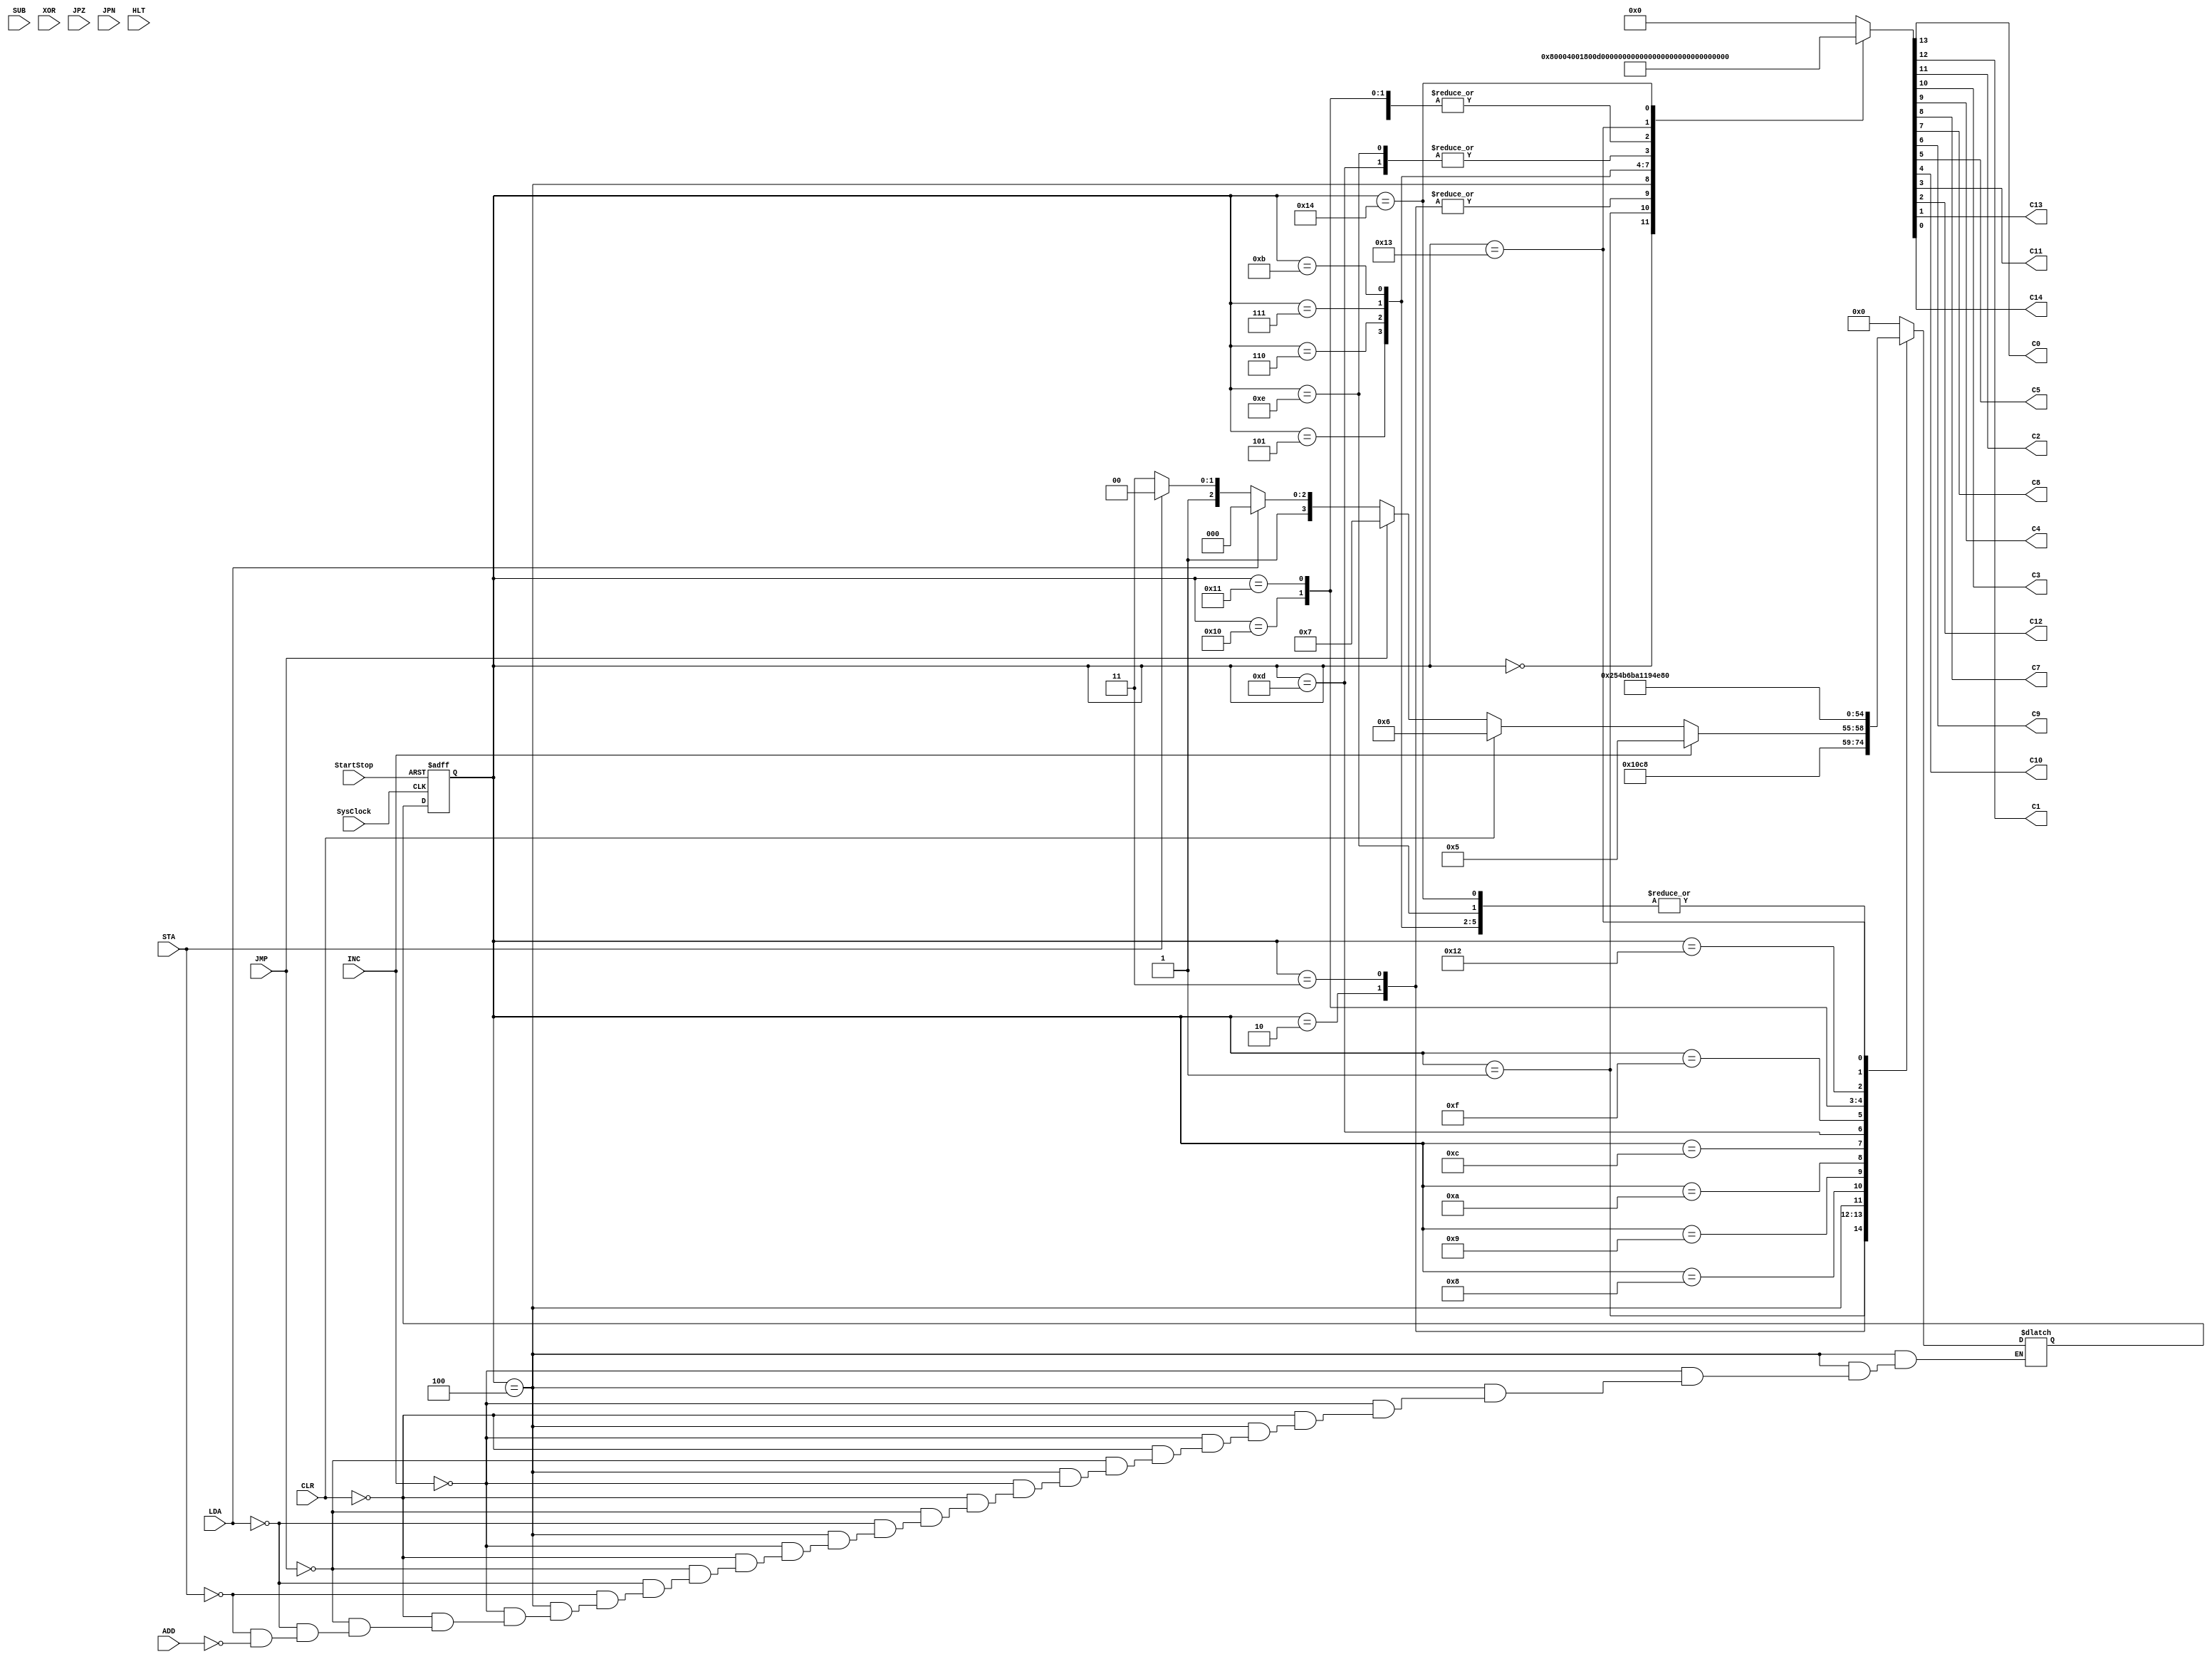
//TRISC Control Unit Finite State Machine
module triscFSM
(
	input SysClock,StartStop,LDA,STA,ADD,SUB,XOR,INC,CLR,JMP,JPZ,JPN,HLT,
	output reg C0,C1,C2,C3,C4,C7,C8,C9,C5,C10,C11,C12,C13,C14
);
	reg [4:0] state,nextstate;
	parameter A=5'b00000,B=5'b00001,C=5'b00010,D=5'b00011,E=5'b00100,F=5'b00101,G=5'b00110,H=5'b00111,I=5'b01000,J=5'b01001,K=5'b01010,L=5'b01011,M=5'b01100,N=5'b01101,O=5'b01110,P=5'b01111,Q=5'b10000,R=5'b10001,S=5'b10010,T=5'b10011,U=5'b10100;
	
	always @ (negedge SysClock,negedge StartStop)
		if (StartStop==1'b0) state <= A; else state <= nextstate;
	
	always @ (state,INC,CLR,JMP,LDA,STA,ADD)
		case (state)
			A: begin {C0,C1,C2,C3,C4,C7,C8,C9,C5,C10,C11,C12,C13,C14} = 14'b10000000000000; nextstate = B; end  //INITIALIZE
			B: begin {C0,C1,C2,C3,C4,C7,C8,C9,C5,C10,C11,C12,C13,C14} = 14'b00010000000000; nextstate = C; end  //FETCH
			C: begin {C0,C1,C2,C3,C4,C7,C8,C9,C5,C10,C11,C12,C13,C14} = 14'b00011000000000; nextstate = D; end  //FETCH
			D: begin {C0,C1,C2,C3,C4,C7,C8,C9,C5,C10,C11,C12,C13,C14} = 14'b00011000000000; nextstate = E; end  //FETCH
			E: begin {C0,C1,C2,C3,C4,C7,C8,C9,C5,C10,C11,C12,C13,C14} = 14'b00110100000000; 						    //DECODE
						if (INC) nextstate = F; 
							else if (CLR) nextstate = G; 
								else if (JMP) nextstate = H;
									else if (LDA) nextstate = I;
										else if (STA) nextstate = M;
											else if (ADD) nextstate = P; end
			F: begin {C0,C1,C2,C3,C4,C7,C8,C9,C5,C10,C11,C12,C13,C14} = 14'b00000001000000; nextstate = B; end  //INC=0110
			G: begin {C0,C1,C2,C3,C4,C7,C8,C9,C5,C10,C11,C12,C13,C14} = 14'b00000010000000; nextstate = B; end  //CLR=0111
			H: begin {C0,C1,C2,C3,C4,C7,C8,C9,C5,C10,C11,C12,C13,C14} = 14'b01000000000000; nextstate = B; end  //JMP=1000
			I: begin {C0,C1,C2,C3,C4,C7,C8,C9,C5,C10,C11,C12,C13,C14} = 14'b00000000000000; nextstate = J; end  //LDA=0000
			J: begin {C0,C1,C2,C3,C4,C7,C8,C9,C5,C10,C11,C12,C13,C14} = 14'b00001000000000; nextstate = K; end  //LDA
			K: begin {C0,C1,C2,C3,C4,C7,C8,C9,C5,C10,C11,C12,C13,C14} = 14'b00001000000000; nextstate = L; end  //LDA
			L: begin {C0,C1,C2,C3,C4,C7,C8,C9,C5,C10,C11,C12,C13,C14} = 14'b00000000001000; nextstate = B; end  //LDA
			M: begin {C0,C1,C2,C3,C4,C7,C8,C9,C5,C10,C11,C12,C13,C14} = 14'b00000000000000; nextstate = N; end  //STA=0001
			N: begin {C0,C1,C2,C3,C4,C7,C8,C9,C5,C10,C11,C12,C13,C14} = 14'b00001000100000; nextstate = O; end  //STA
			O: begin {C0,C1,C2,C3,C4,C7,C8,C9,C5,C10,C11,C12,C13,C14} = 14'b00001000100000; nextstate = B; end  //STA
			P: begin {C0,C1,C2,C3,C4,C7,C8,C9,C5,C10,C11,C12,C13,C14} = 14'b00000000000000; nextstate = Q; end  //ADD=0010
			Q: begin {C0,C1,C2,C3,C4,C7,C8,C9,C5,C10,C11,C12,C13,C14} = 14'b00001000000000; nextstate = R; end  //ADD
			R: begin {C0,C1,C2,C3,C4,C7,C8,C9,C5,C10,C11,C12,C13,C14} = 14'b00001000000000; nextstate = S; end  //ADD
			S: begin {C0,C1,C2,C3,C4,C7,C8,C9,C5,C10,C11,C12,C13,C14} = 14'b00000000000000; nextstate = T; end  //ADD
			T: begin {C0,C1,C2,C3,C4,C7,C8,C9,C5,C10,C11,C12,C13,C14} = 14'b00000000010000; nextstate = U; end  //ADD
			U: begin {C0,C1,C2,C3,C4,C7,C8,C9,C5,C10,C11,C12,C13,C14} = 14'b00000000000001; nextstate = B; end  //ADD
			default: begin {C0,C1,C2,C3,C4,C7,C8,C9,C5,C10,C11,C12,C13,C14} = 14'b0000000000000; nextstate = A; end
		endcase
endmodule